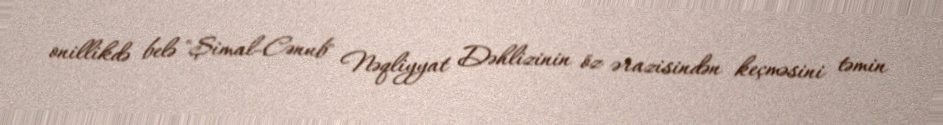
onillikdə belə "Şimal-Cənub" Nəqliyyat Dəhlizinin öz ərazisindən keçməsini təmin